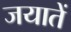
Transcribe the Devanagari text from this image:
जयातें